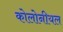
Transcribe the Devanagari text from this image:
कोलोनीयल